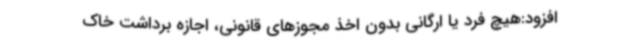
افزود:هیچ فرد یا ارگانی بدون اخذ مجوزهای قانونی، اجازه برداشت خاک